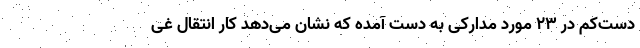
دست‌کم در ۲۳ مورد مدارکی به دست آمده که نشان می‌دهد کار انتقال غی